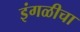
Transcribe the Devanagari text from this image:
इंगळीचा